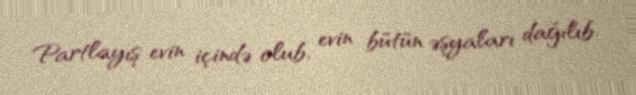
Partlayış evin içində olub, evin bütün əşyaları dağılıb.